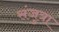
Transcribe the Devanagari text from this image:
संजुत्रा